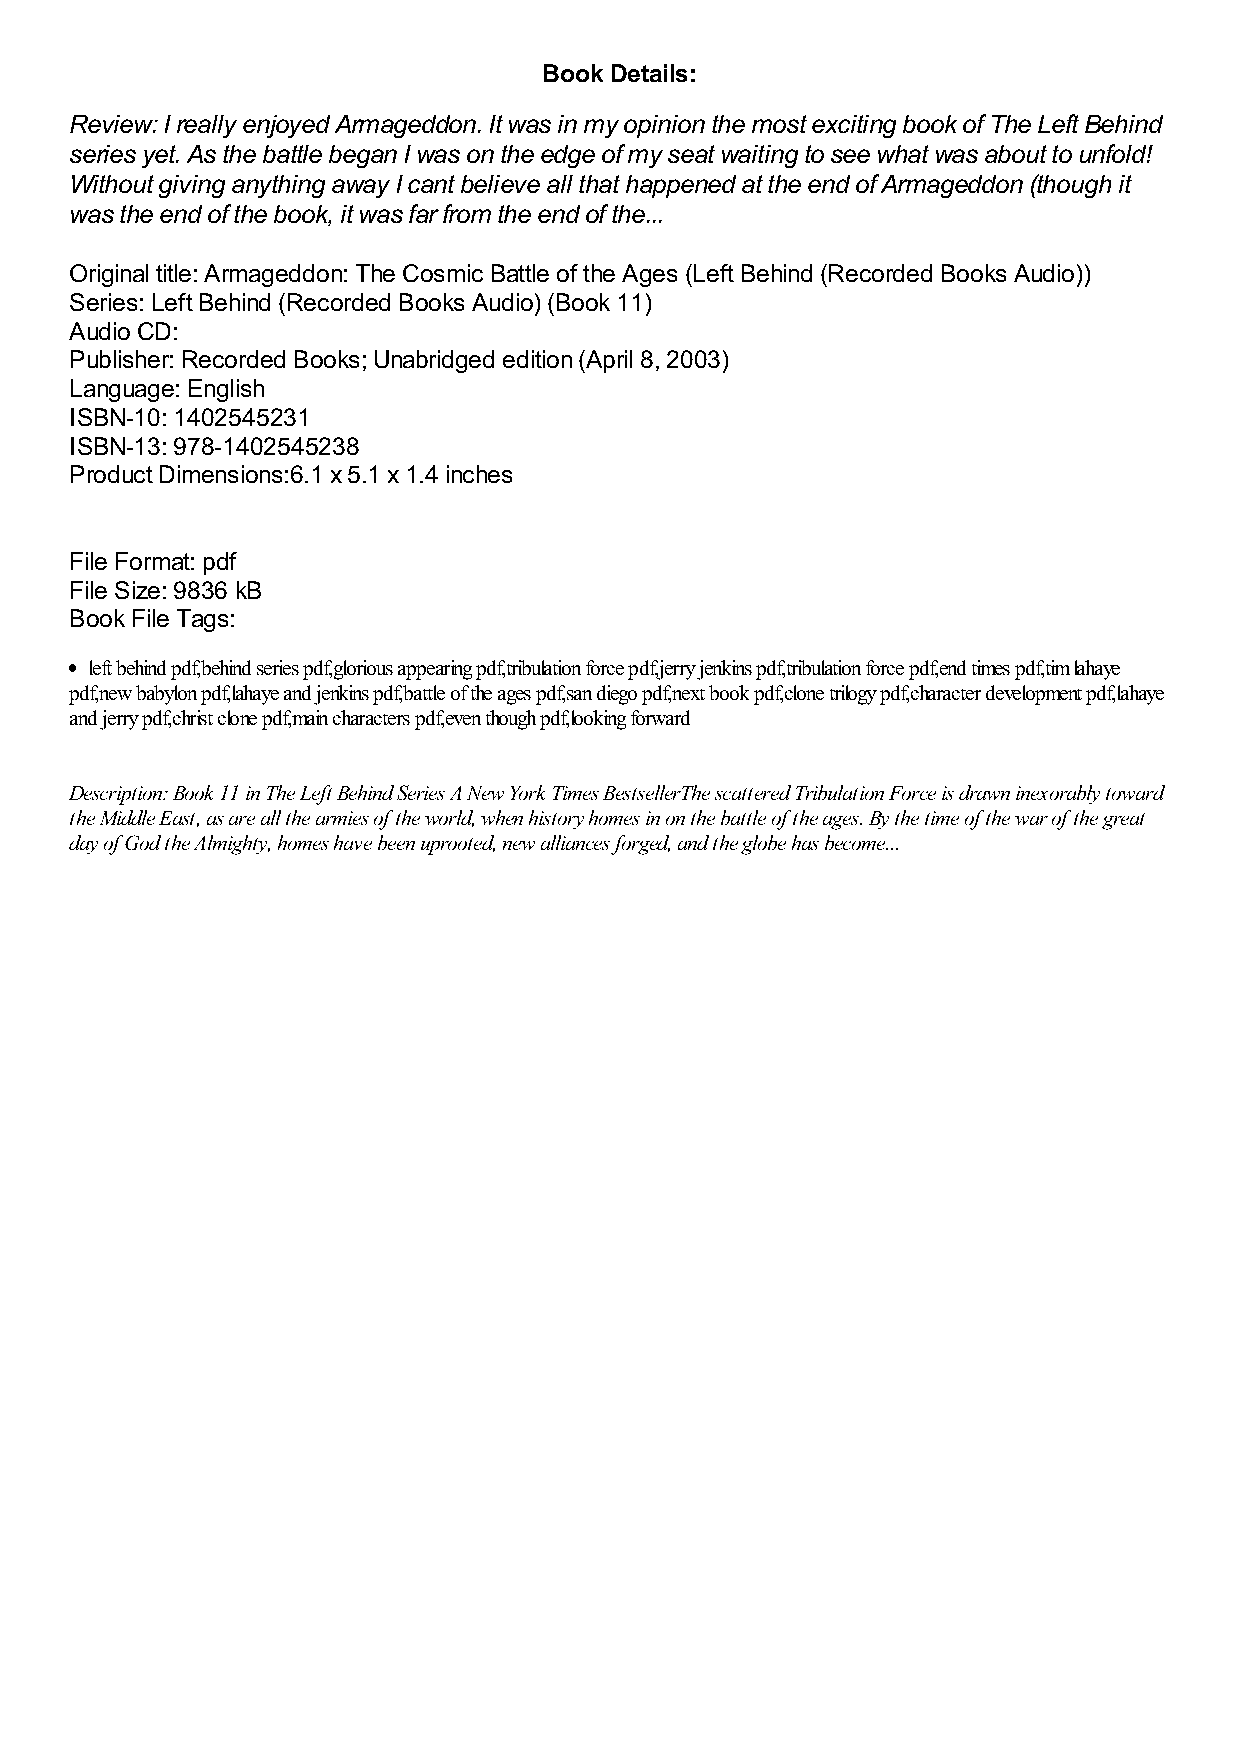
Book Details:
 Review: I really enjoyed Armageddon. It was in my opinion the most exciting book of The Left Behind
 series yet. As the battle began I was on the edge of my seat waiting to see what was about to unfold!
 Without giving anything away I cant believe all that happened at the end of Armageddon (though it
 was the end of the book, it was far from the end of the...
 Original title: Armageddon: The Cosmic Battle of the Ages (Left Behind (Recorded Books Audio))
 Series: Left Behind (Recorded Books Audio) (Book 11)
 Audio CD:
 Publisher: Recorded Books; Unabridged edition (April 8, 2003)
 Language: English
 ISBN-10: 1402545231
 ISBN-13: 978-1402545238
 Product Dimensions:6.1 x 5.1 x 1.4 inches
 File Format: pdf
 File Size: 9836 kB
 Book File Tags:
 left behind pdf,behind series pdf,glorious appearing pdf,tribulation force pdf,jerry jenkins pdf,tribulation force pdf,end times pdf,tim lahaye
 pdf,new babylon pdf,lahaye and jenkins pdf,battle of the ages pdf,san diego pdf,next book pdf,clone trilogy pdf,character development pdf,lahaye
 and jerry pdf,christ clone pdf,main characters pdf,even though pdf,looking forward
 Description: Book 11 in The Left Behind Series A New York Times BestsellerThe scattered Tribulation Force is drawn inexorably toward
 the Middle East, as are all the armies of the world, when history homes in on the battle of the ages. By the time of the war of the great
 day of God the Almighty, homes have been uprooted, new alliances forged, and the globe has become...